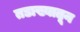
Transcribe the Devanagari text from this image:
तडाख्यातून